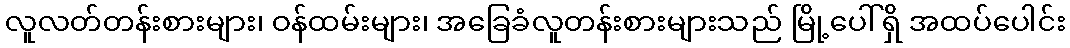
လူလတ်တန်းစားများ၊ ဝန်ထမ်းများ၊ အခြေခံလူတန်းစားများသည် မြို့ပေါ်ရှိ အထပ်ပေါင်း